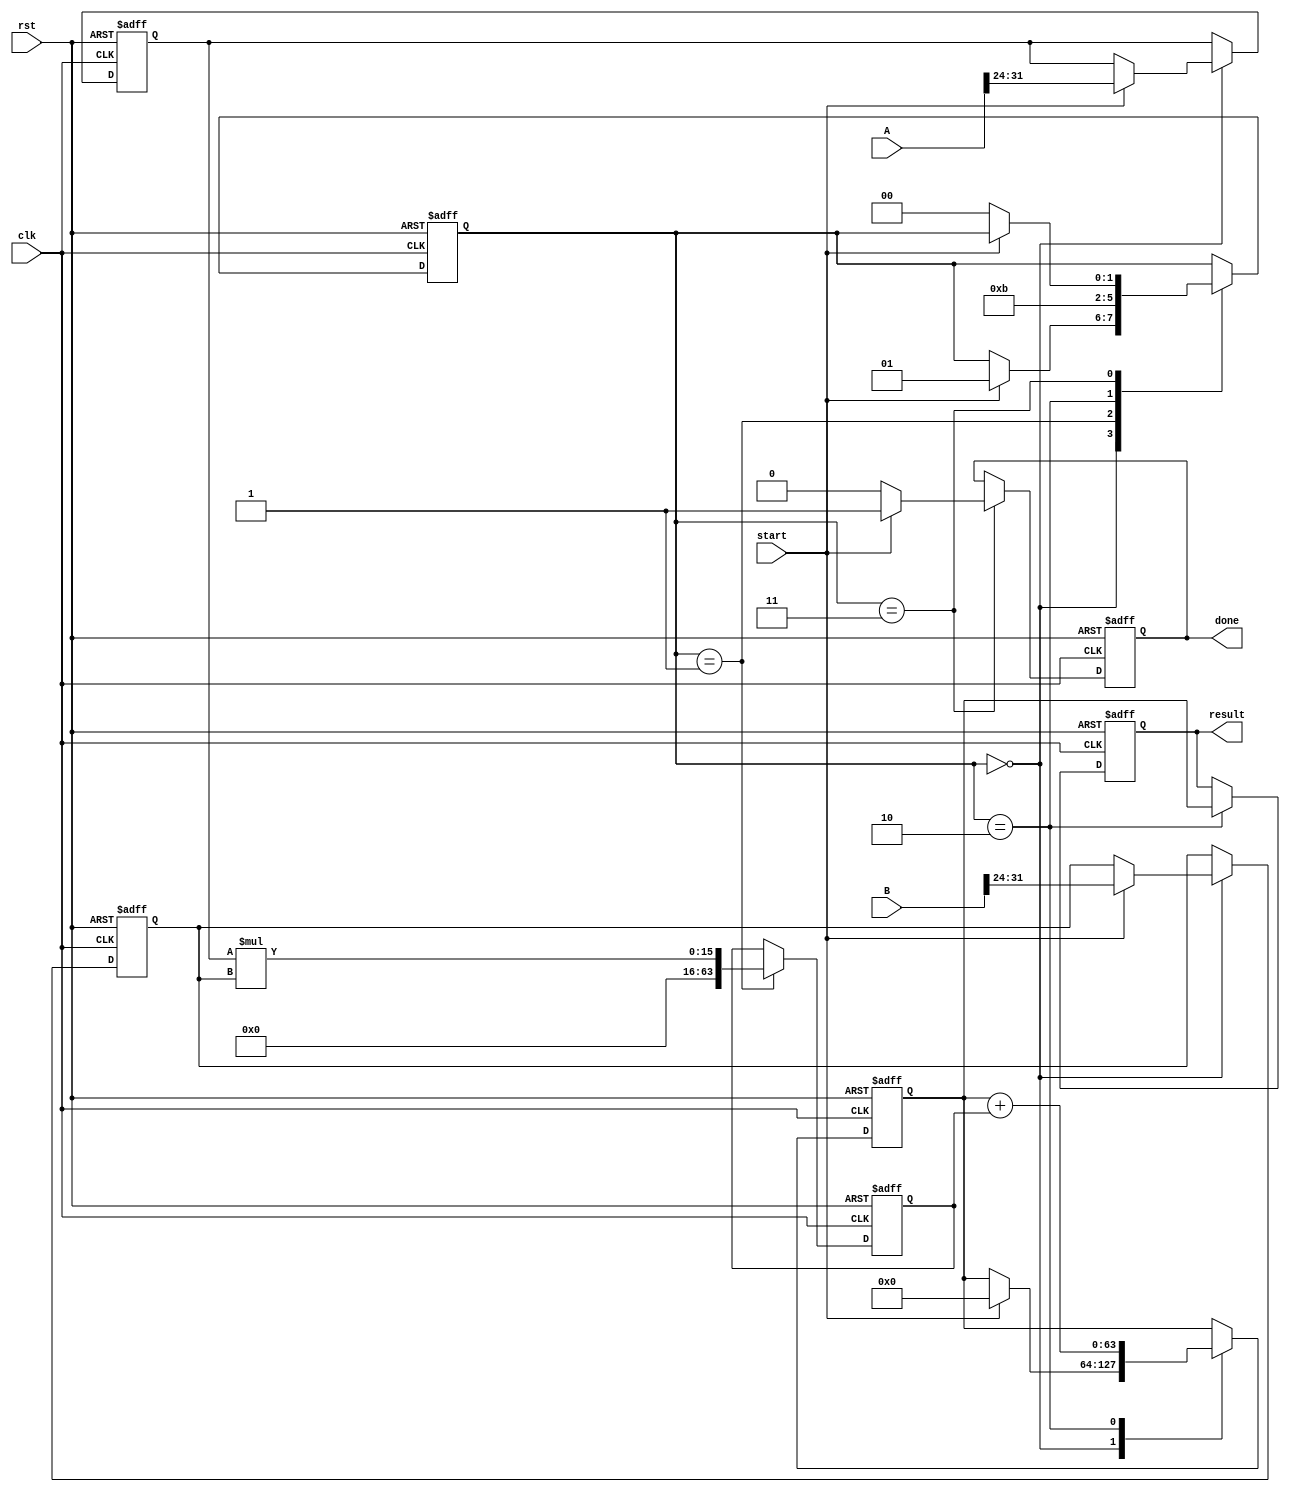
module pipelined_sliced_multiplier #(
    parameter A_WIDTH = 32,  // Width of operand A
    parameter B_WIDTH = 32,  // Width of operand B
    parameter SLICE_WIDTH = 8 // Width of each slice
)(
    input clk,
    input rst,
    input [A_WIDTH-1:0] A,
    input [B_WIDTH-1:0] B,
    input start,
    output reg [A_WIDTH + B_WIDTH - 1:0] result,
    output reg done
);

    localparam NUM_SLICES = A_WIDTH / SLICE_WIDTH;
    
    reg [SLICE_WIDTH-1:0] A_slices[0:NUM_SLICES-1];  // Slices of operand A
    reg [SLICE_WIDTH-1:0] B_slices[0:NUM_SLICES-1];  // Slices of operand B
    reg [A_WIDTH + B_WIDTH - 1:0] partial_products[0:NUM_SLICES-1]; // Partial products
    reg [A_WIDTH + B_WIDTH - 1:0] accum_result; // Accumulated result

    // Control signals
    reg [1:0] state, next_state;
    localparam IDLE = 2'b00, PROCESS = 2'b01, ACCUMULATE = 2'b10, DONE = 2'b11;

    // Slice the inputs
    integer i;
    always @(posedge clk or posedge rst) begin
        if (rst) begin
            for (i = 0; i < NUM_SLICES; i = i + 1) begin
                A_slices[i] <= 0;
                B_slices[i] <= 0;
                partial_products[i] <= 0;
            end
            accum_result <= 0;
            result <= 0;
            done <= 0;
            state <= IDLE;
        end else begin
            case (state)
                IDLE: begin
                    if (start) begin
                        // Slice inputs
                        for (i = 0; i < NUM_SLICES; i = i + 1) begin
                            A_slices[i] <= A[(i+1)*SLICE_WIDTH-1 -: SLICE_WIDTH];
                            B_slices[i] <= B[(i+1)*SLICE_WIDTH-1 -: SLICE_WIDTH];
                        end
                        accum_result <= 0;
                        state <= PROCESS;
                    end
                end
                PROCESS: begin
                    // Generate partial products
                    for (i = 0; i < NUM_SLICES; i = i + 1) begin
                        partial_products[i] <= A_slices[i] * B_slices[i];
                    end
                    state <= ACCUMULATE;
                end
                ACCUMULATE: begin
                    // Accumulate the partial products
                    accum_result <= 0;
                    for (i = 0; i < NUM_SLICES; i = i + 1) begin
                        accum_result <= accum_result + partial_products[i];
                    end
                    result <= accum_result;
                    state <= DONE;
                end
                DONE: begin
                    done <= 1;
                    if (!start) begin
                        done <= 0;
                        state <= IDLE;
                    end
                end
            endcase
        end
    end
endmodule